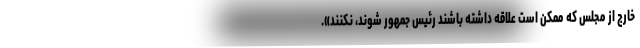
خارج از مجلس که ممکن است علاقه داشته باشند رئیس جمهور شوند، نکنند».